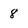
Character: 8